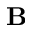
\mathbf { B }